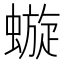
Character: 𧐗